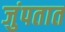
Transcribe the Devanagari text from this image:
जुंपतात